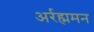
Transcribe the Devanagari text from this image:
अर्रह्ममन